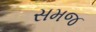
સમજ